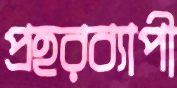
প্রহরব্যাপী